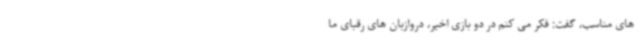
های مناسب، گفت: فکر می کنم در دو بازی اخیر، دروازبان های رقبای ما